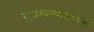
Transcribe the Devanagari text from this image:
दुखावण्यासाठीही